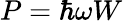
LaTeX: P=\hbar\omega W